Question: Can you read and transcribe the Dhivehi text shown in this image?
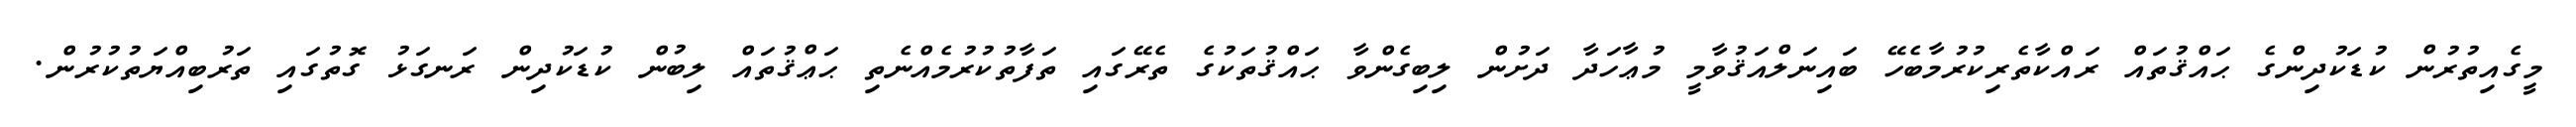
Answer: މީގެއިތުރުން ކުޑަކުދިންގެ ޙައްޤުތައް ރައްކާތެރިކުރުމާބެހޭ ބައިނަލްއަޤުވާމީ މުޢާހަދާ ދަށުން ލިބިގެންވާ ޙައްޤުތަކުގެ ތެރޭގައި ތަފާތުކުރުމެއްނެތި ޙަޢްޤުތައް ލިބުން ކުޑަކުދިން ރަނގަޅު ގޮތުގައި ތަރުބިއްޔަތުކުރުން.